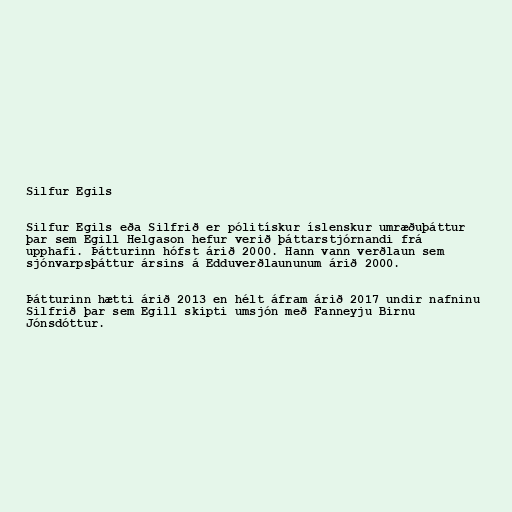
Silfur Egils

Silfur Egils eða Silfrið er pólitískur íslenskur umræðuþáttur
þar sem Egill Helgason hefur verið þáttarstjórnandi frá
upphafi. Þátturinn hófst árið 2000. Hann vann verðlaun sem
sjónvarpsþáttur ársins á Edduverðlaununum árið 2000.

Þátturinn hætti árið 2013 en hélt áfram árið 2017 undir nafninu
Silfrið þar sem Egill skipti umsjón með Fanneyju Birnu
Jónsdóttur.